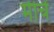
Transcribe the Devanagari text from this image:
मीचें